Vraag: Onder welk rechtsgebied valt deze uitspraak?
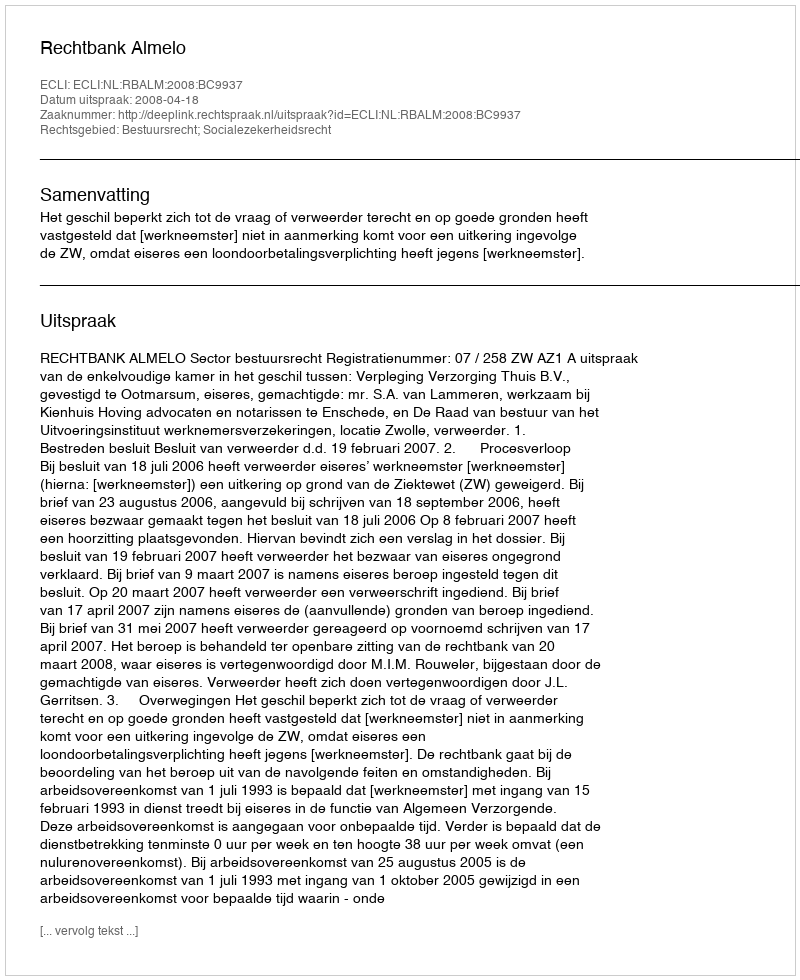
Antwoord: Bestuursrecht; Socialezekerheidsrecht